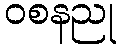
ဝစနညု